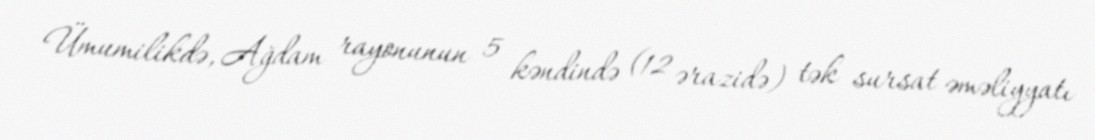
Ümumilikdə, Ağdam rayonunun 5 kəndində (12 ərazidə) tək sursat əməliyyatı